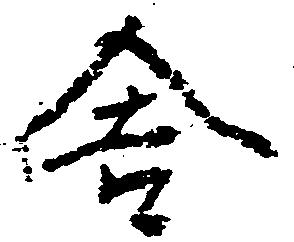
舎